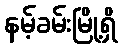
နမ့်ခမ်းမြို့ရှိ